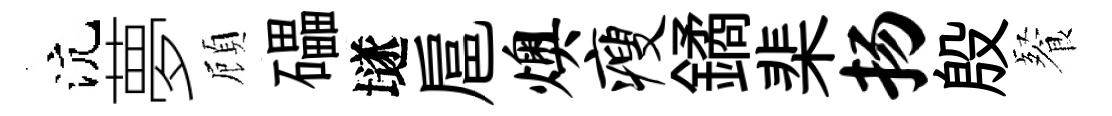
沆夢頋礧𡑞扈燠瘦鐍棐扬殷餐